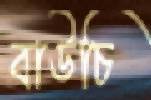
বাউচি